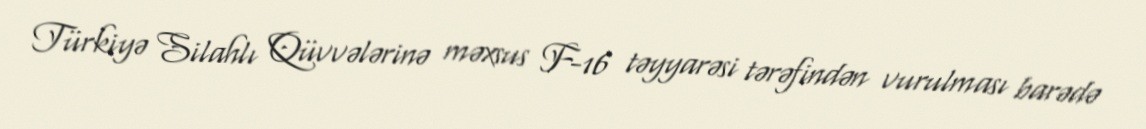
Türkiyə Silahlı Qüvvələrinə məxsus F-16 təyyarəsi tərəfindən vurulması barədə